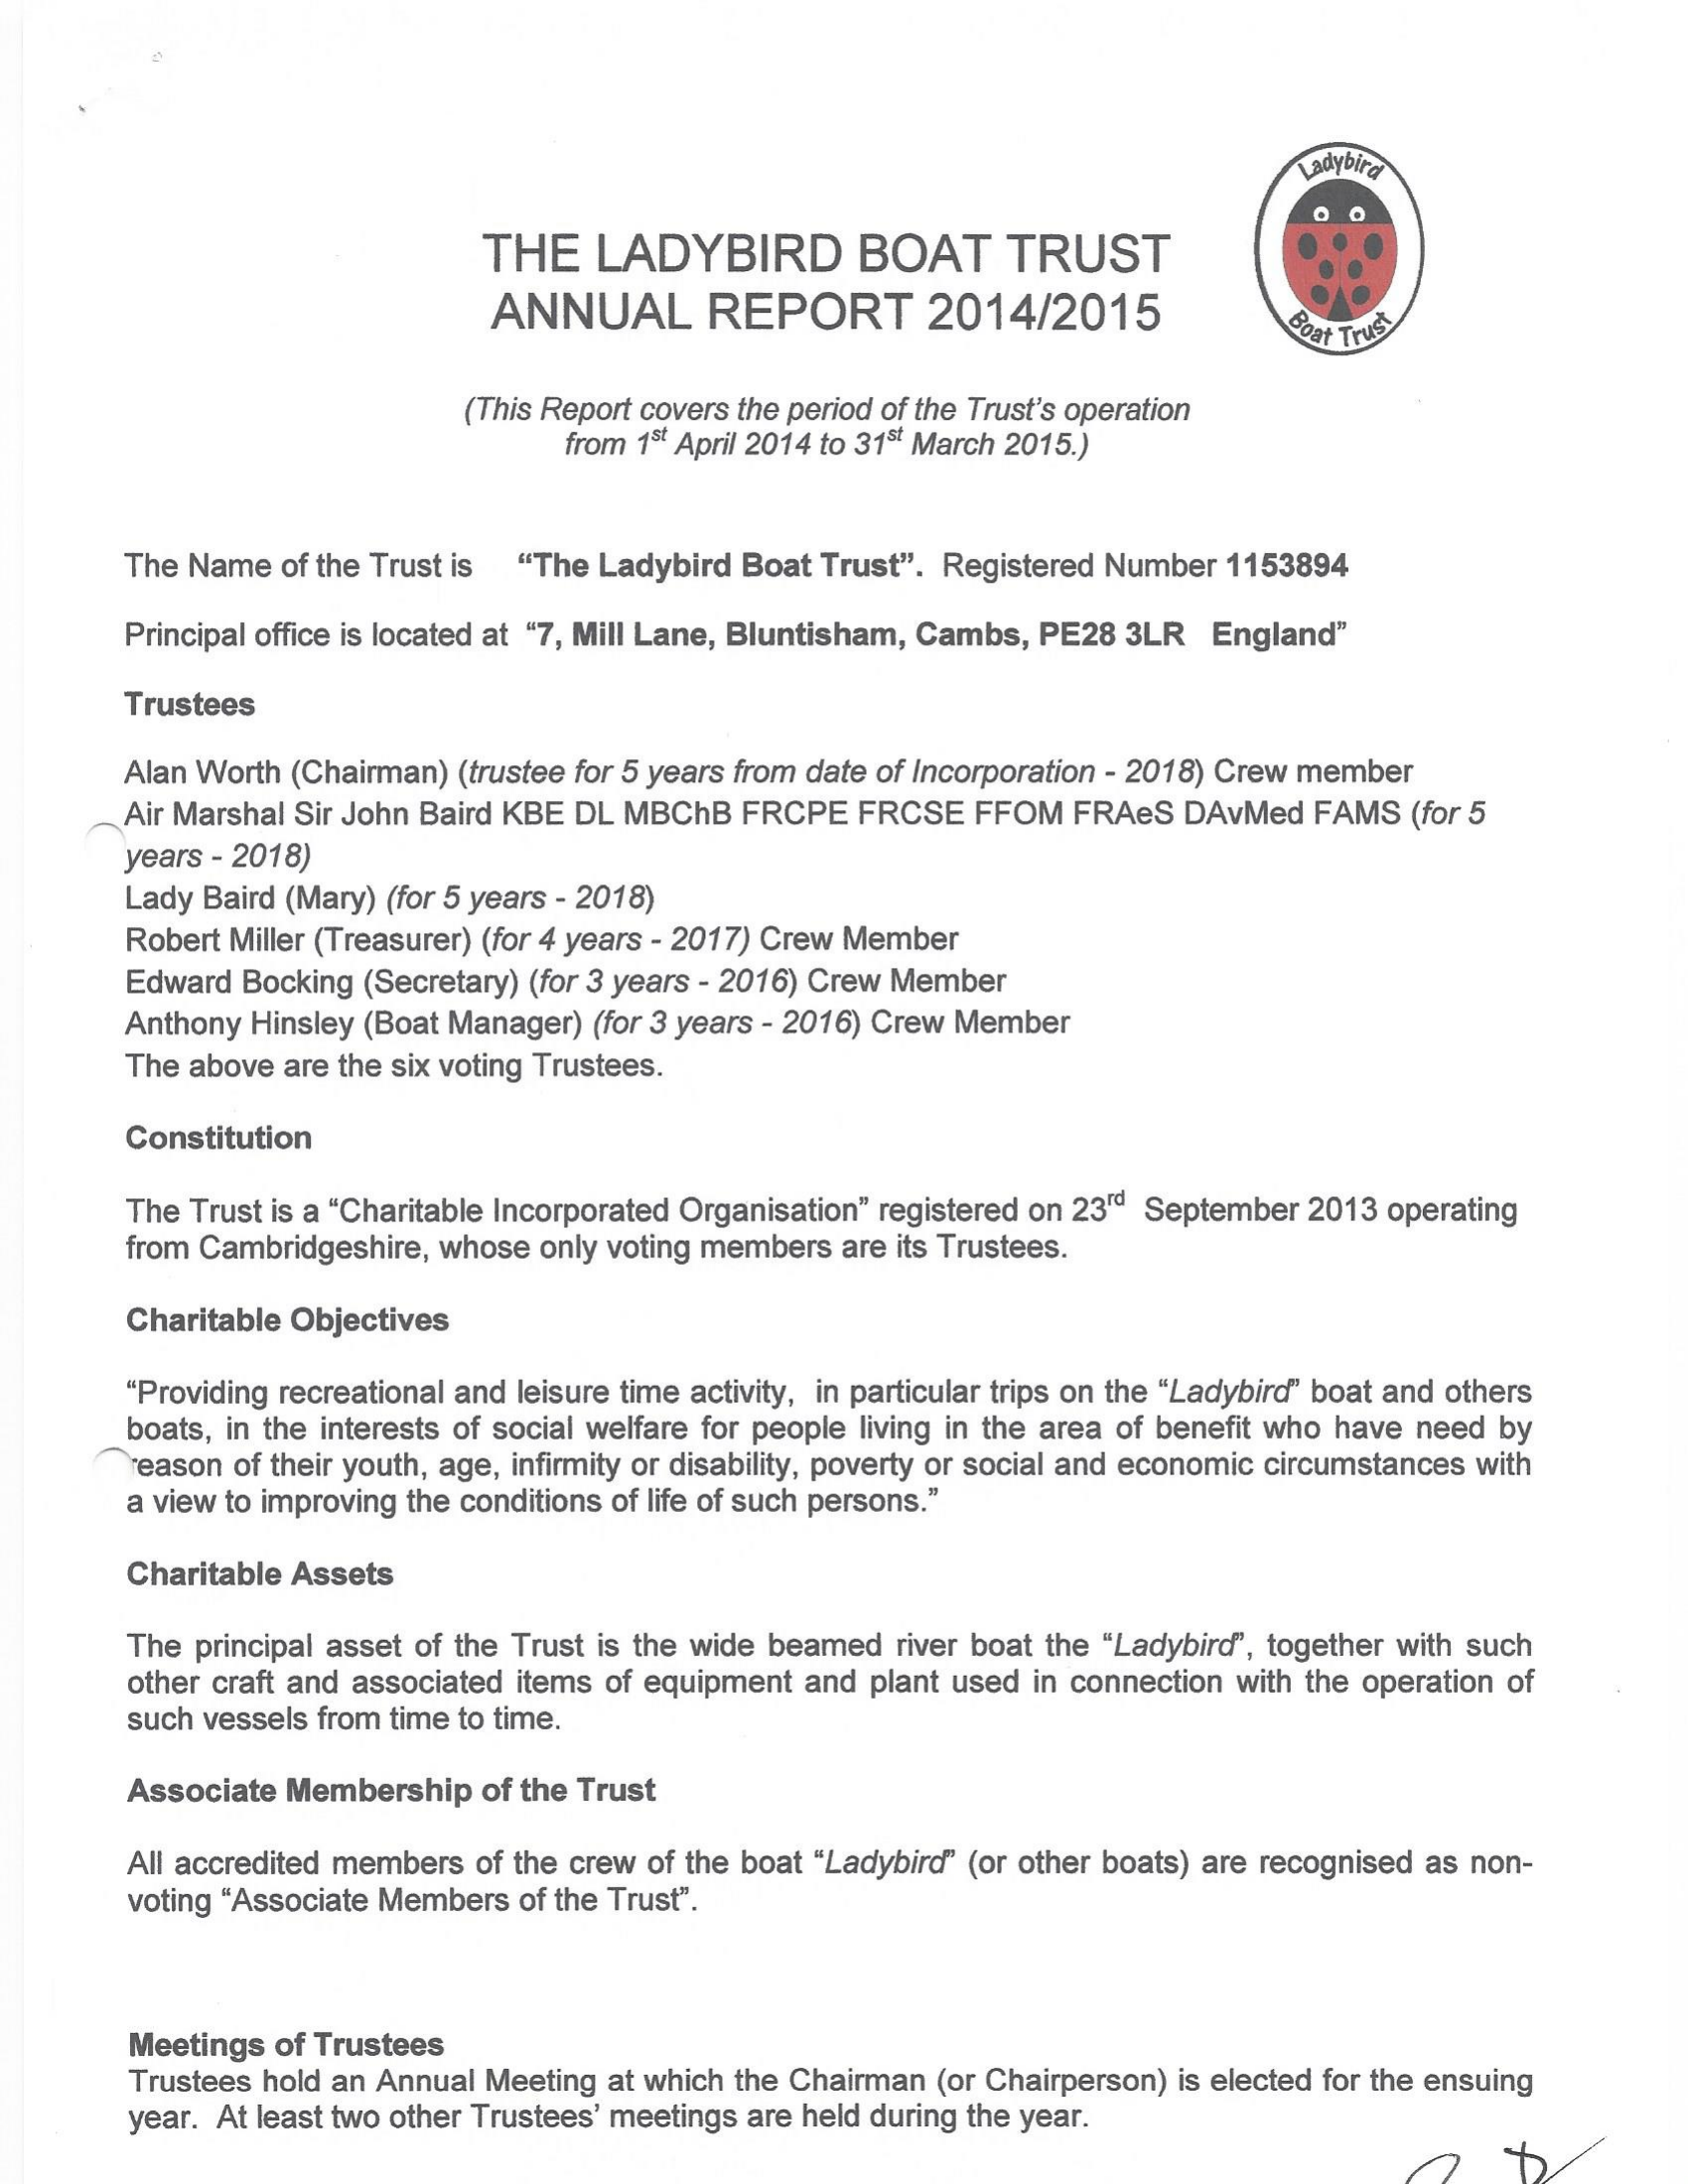
THE    LADYBIRD    BOAT    TRUST
     ANNUAL    REPORT    2014/2015

     (This Report covers the period of the Trust’s operation
     from 1% April 2014 to 31 March 2015.)
     The Name  of the Trustis “The Ladybird Boat Trust”. Registered Number 1153894
     Principal office is located at “7, Mill Lane, Bluntisham, Cambs, PE28 3LR England’
     Trustees
     Alan Worth (Chairman) (trustee for 5 years from date of Incorporation - 2018) Crew member
     __Air Marshal Sir John Baird KBE DL MBChB FRCPE  FRCSE  FFOM  FRAeS  DAvMed  FAMS  (for 5
     years
     - 2018)
     Lady Baird (Mary) (for 5 years
     - 2018)
     Robert Miller (Treasurer) (for 4 years
     - 2017) Crew Member
     Edward Bocking (Secretary) (for 3 years
     - 2016) Crew Member
     Anthony Hinsley (Boat Manager) (for 3 years
     - 2016) Crew Member
     The above are the six voting Trustees.
     Constitution
     The Trust is a “Charitable Incorporated Organisation” registered on 23 September 2013 operating
     from Cambridgeshire, whose only voting members are its Trustees.
     Charitable Objectives
     “Providing recreational and leisure time activity, in particular trips on the “Ladybird” boat and others
     boats, in the interests of social welfare for people living in the area of benefit who have need by
     ““reason of their youth, age, infirmity or disability, poverty or social and economic circumstances with
     a view to improving the conditions of life of such persons.”
     Charitable Assets
     The  principal asset of the Trust is the wide beamed river boat the “Ladybird”, together with such
     other craft and associated items of equipment and plant used in connection with the operation of
     such vessels from time to time.
     Associate Membership  of the Trust
     All accredited members of the crew of the boat “Ladybird” (or other boats) are recognised as non-
     voting “Associate Members of the Trust”.
     Meetings of Trustees
     Trustees hold an Annual Meeting at which the Chairman (or Chairperson) is elected for the ensuing
     year. At least two other Trustees’ meetings are held during the year.
     7    B